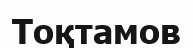
Тоқтамов